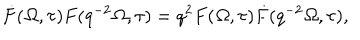
\dot { F } ( { \mit \Omega } , \tau ) F ( q ^ { - 2 } { \mit \Omega } , \tau ) = q ^ { 2 } F ( { \mit \Omega } , \tau ) \dot { F } ( q ^ { - 2 } { \mit \Omega } , \tau ) ,